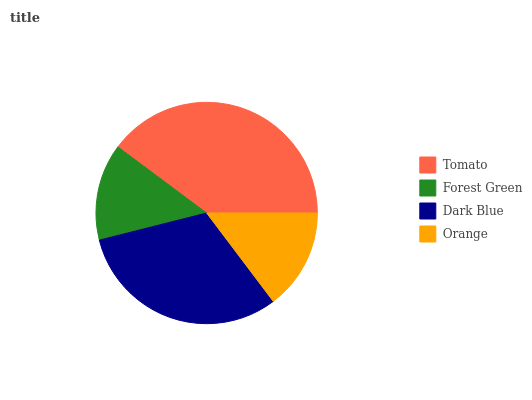
| Tomato | Forest Green | Dark Blue | Orange |
 | --- | --- | --- | --- |
 | 39.8% | 14.1% | 31.4% | 14.7% |